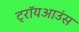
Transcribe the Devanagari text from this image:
ट्रॉयआउंस